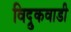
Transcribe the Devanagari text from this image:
विद्रुकवाडी